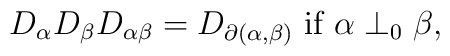
D_\alpha D_\beta D_{\alpha\beta}=D_{\partial(\alpha,\beta)}\mbox{ if }\alpha\perp_0\beta,